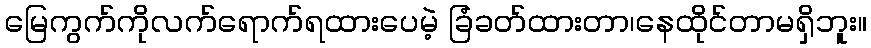
မြေကွက်ကိုလက်ရောက်ရထားပေမဲ့ ခြံခတ်ထားတာ၊နေထိုင်တာမရှိဘူး။